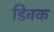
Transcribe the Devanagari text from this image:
डिवक